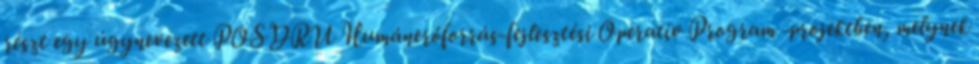
részt egy úgynevezett POSDRU Humánerőforrás-fejlesztési Operatív Program -projektben, melynek